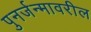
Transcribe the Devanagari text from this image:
पुनर्जन्मावरील